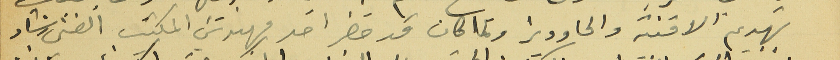
تهديم الاقنية والحاووز وكما كان قد حضر احد مهندسَي المكتب الفني رشاد